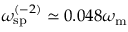
\omega _ { \mathrm { s p } } ^ { ( - 2 ) } \simeq 0 . 0 4 8 \omega _ { \mathrm { m } }